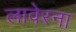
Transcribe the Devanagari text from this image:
लावेरना